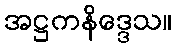
အဋ္ဌကနိဒ္ဒေသ။